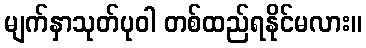
မျက်နှာသုတ်ပုဝါ တစ်ထည်ရနိုင်မလား။